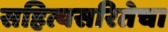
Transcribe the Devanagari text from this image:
सहित्यसरितेचा